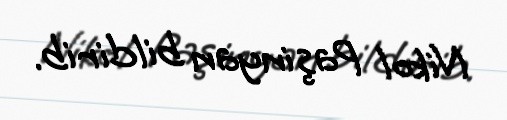
Nikol Paşinyan bildirib.